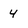
Character: 4